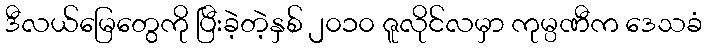
ဒီလယ်မြေတွေကို ပြီးခဲ့တဲ့နှစ် ၂၀၁၀ ဇူလိုင်လမှာ ကုမ္ပဏီက ဒေသခံ